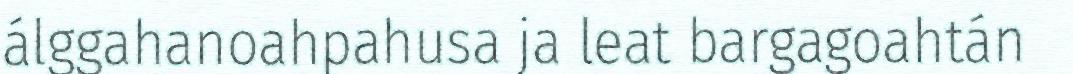
álggahanoahpahusa ja leat bargagoahtán